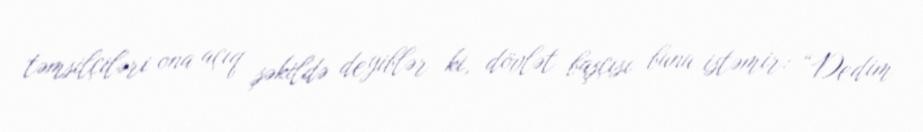
təmsilçiləri ona açıq şəkildə deyiblər ki, dövlət başçısı bunu istəmir: “Dedim